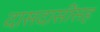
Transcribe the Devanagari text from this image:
दासदासींसह